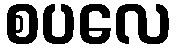
စပလေ